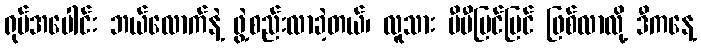
ရုပ်အပေါင်း ဘယ်လောက်နဲ့ ဖွဲ့စည်းလာခဲ့တယ်၊ လူသား ပီပီပြင်ပြင် ဖြစ်လာလို့ ဒီကနေ့